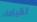
لقيامك